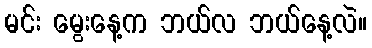
မင်း မွေးနေ့က ဘယ်လ ဘယ်နေ့လဲ။